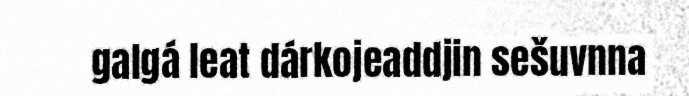
galgá leat dárkojeaddjin sešuvnna